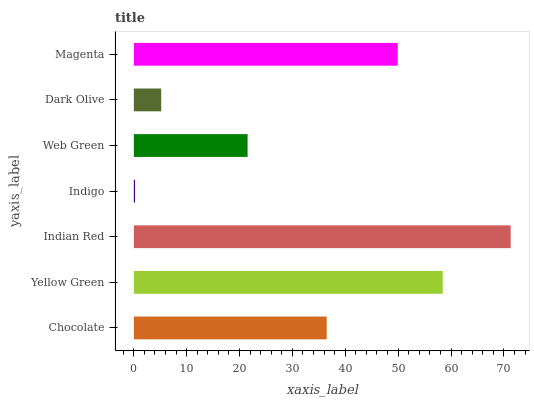
| yaxis_label | bars |
 | --- | --- |
 | Chocolate | 36.5 |
 | Yellow Green | 58.4 |
 | Indian Red | 71.3 |
 | Indigo | 0.225 |
 | Web Green | 21.5 |
 | Dark Olive | 5.17 |
 | Magenta | 49.9 |